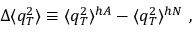
\Delta \langle q _ { T } ^ { 2 } \rangle \equiv \langle q _ { T } ^ { 2 } \rangle ^ { h A } - \langle q _ { T } ^ { 2 } \rangle ^ { h N } \ ,